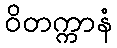
ဝိတက္ကာနံ